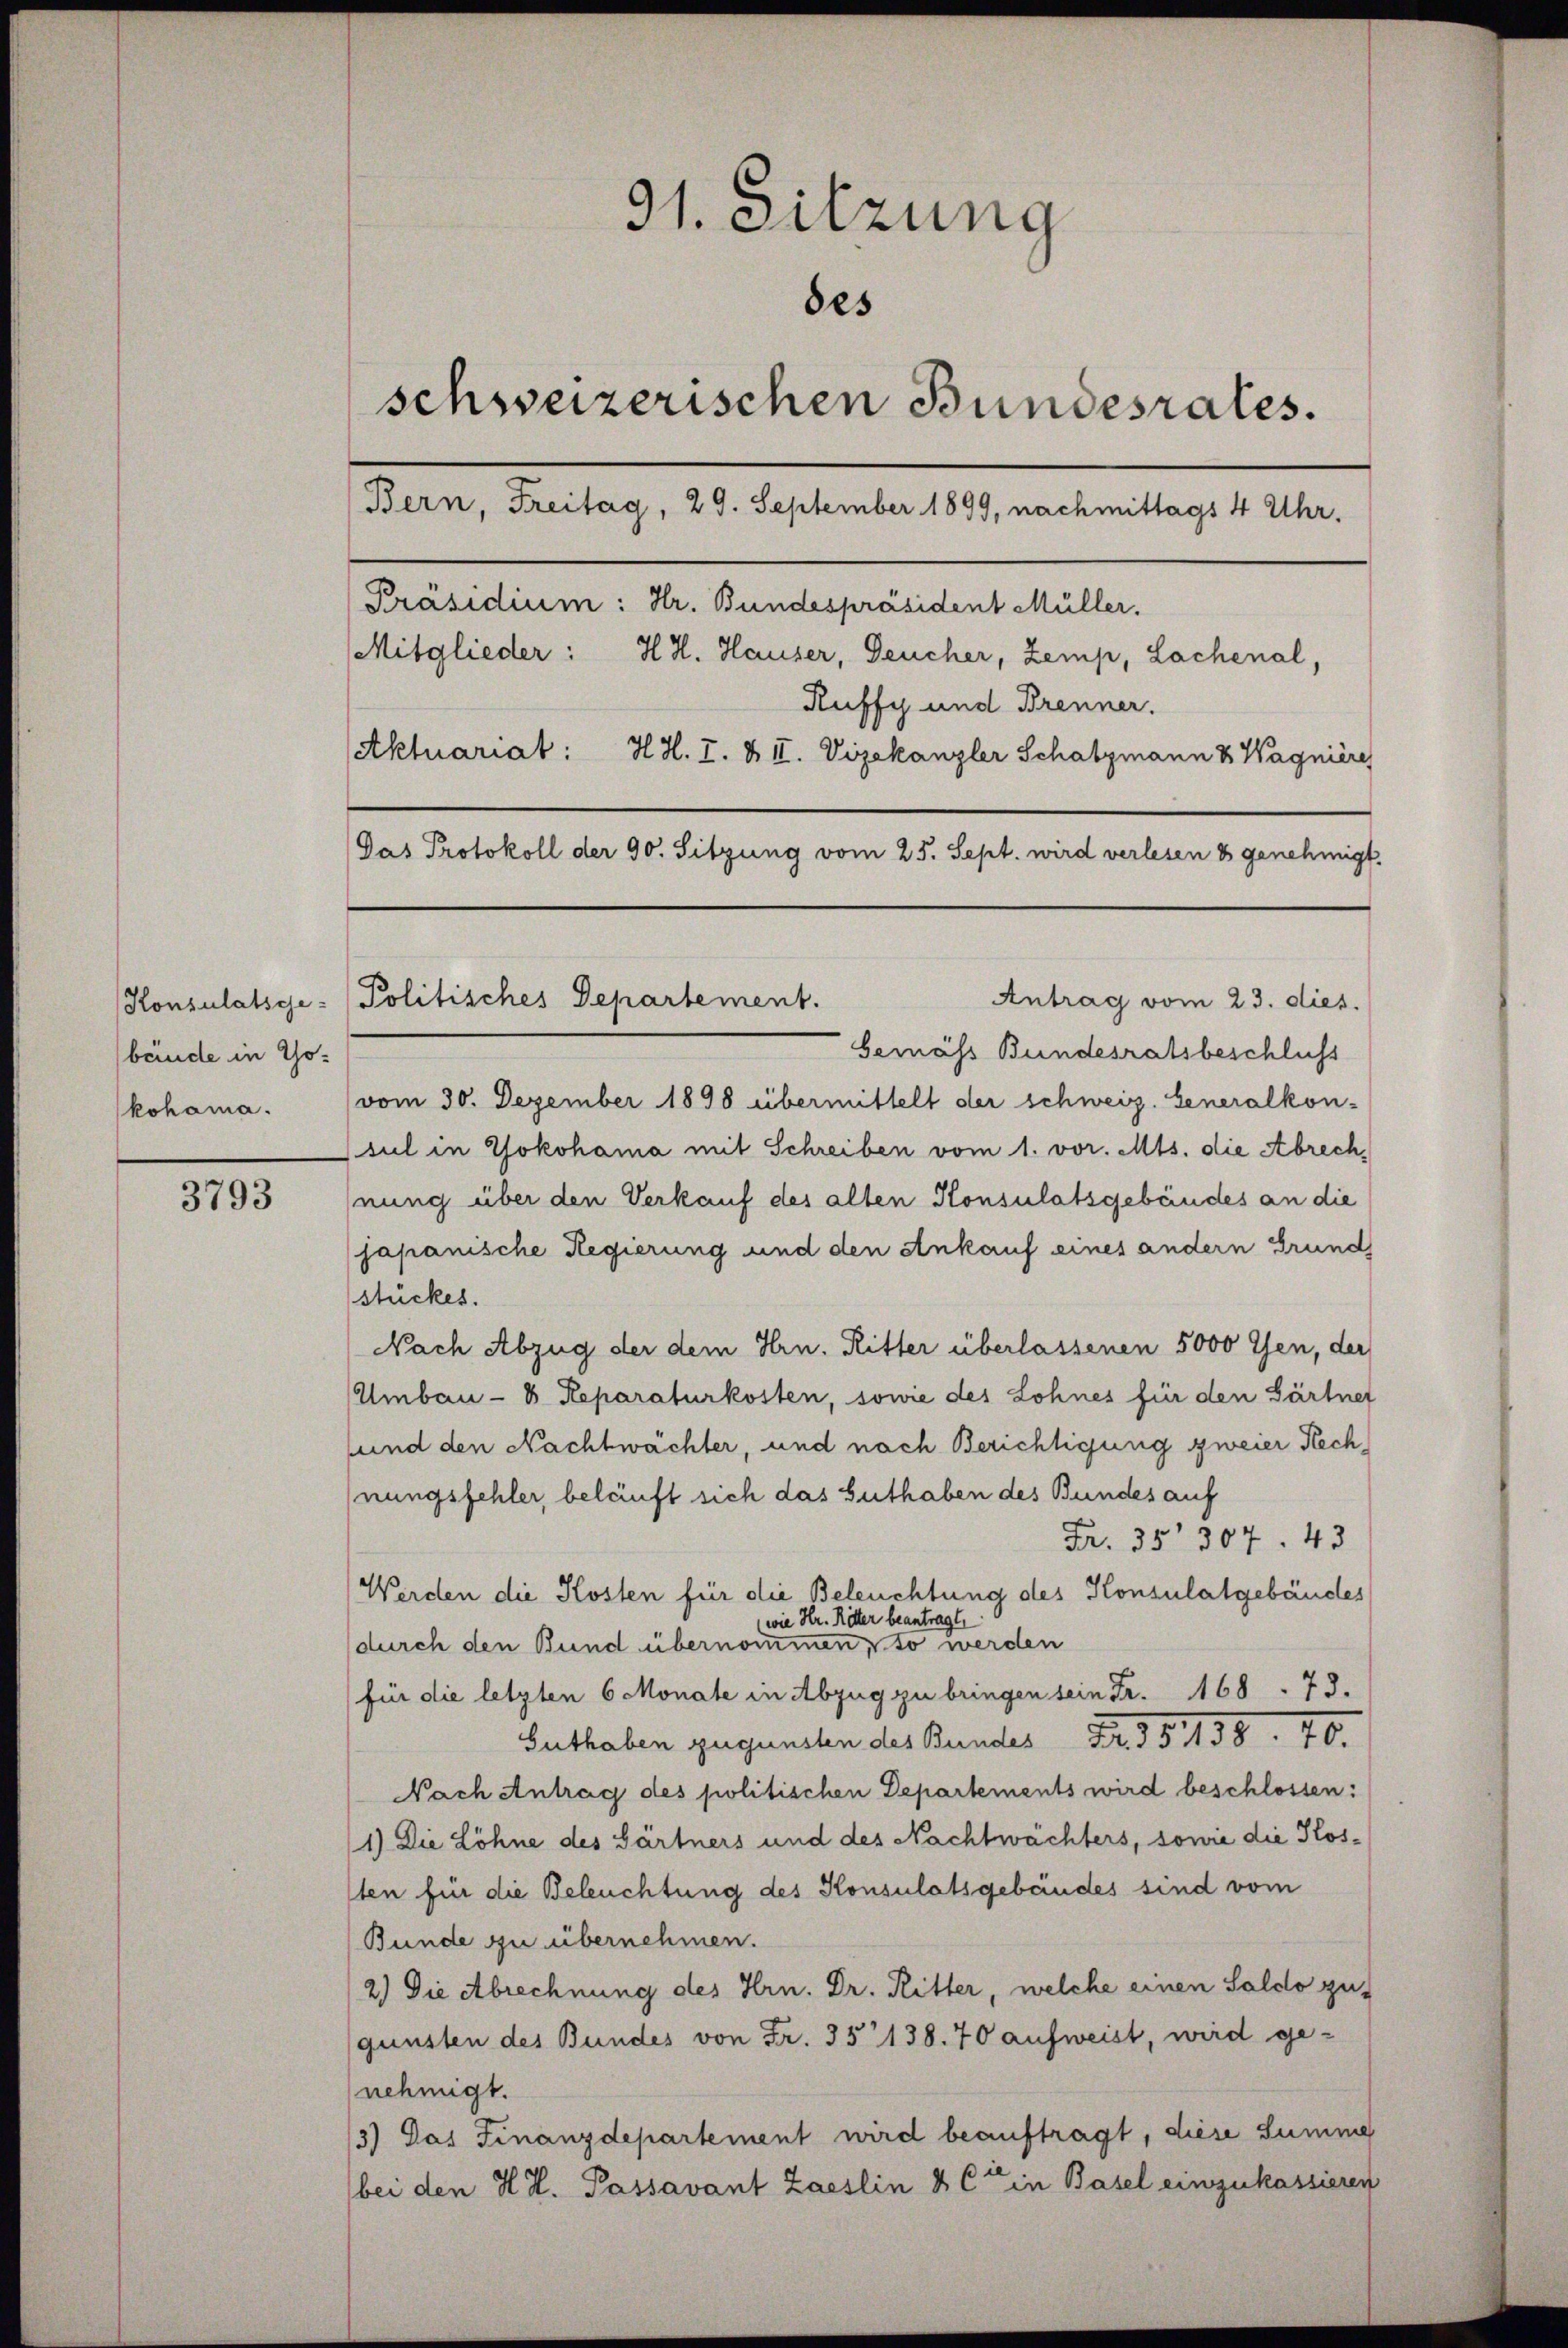
3793

bände in Tokohama.

91. Sitzung
des
schweizerischen Bundesrates.
Bern, Freitag, 29. September 1899, nachmittags 4 Uhr.
Präsidium: Hr. Bundespräsident Müller.
Mitglieder: H. H. Hauser, Deucher, Zemp, Lachenal,
Ruffy und Brenner.

Aktuariat: H. H. I. & II. Vizekanzler Schatzmann & Wagnière
Das Protokoll der 90. Sitzung vom 25. Sept. wird verlesen & genehmigt.

Konsulatsge-Politisches Departement.

Antrag vom 23. dies.
bemäss Bundesratsbeschluss
vom 30. Dezember 1898 übermittelt der schweiz. Generalkon-
sul in Yokohama mit Schreiben vom 1. vor. Mts. die Abrech
nung über den Verkauf des alten Konsulatsgebäudes an die
japanische Regierung und den Ankauf eines andern Grund
stückes.
Nach Abzug der dem Hrn. Ritter überlassenen 5000 ten, der
Umbau- & Reparaturkosten, sowie des Lohnes für den Gärtner
und den Nachtwachter, und nach Berichtigung zweier Rech
nungsfehler, beläuft sich das Guthaben des Bundes auf
Fr. 35307. 43
Werden die Kosten für die Beleuchtung des Konsulatgebäudes
wie Hr. Ritter beantragt,
durch den Bund übernommen, so werden
für die letzten 6 Monate in Abzug zu bringen sein Fr. 168. 73.
Guthaben zugunsten des Bundes Dr. 35158. 46.
Nach Antrag des politischen Departements wird beschlossen:
1) Die Löhne des Gärtners und des Nachtwächters, sowie die Kossten für die Beleuchtung des Konsulatsgebäudes sind vom
Bunde zu übernehmen.
2.) Die Abrechnung des Hrn. Dr. Ritter, welche einen Saldo zu
gunsten des Bundes von Fr. 35138. 70 aufweist, wird genehmigt.
3) Das Finanzdepartement wird beauftragt, diese Summe
bei den H. H. Passavant Zaeslin & Cie in Basel einzukassieren